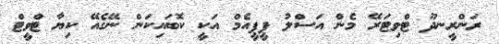
ރަންރީނދޫ ޓްވިޓަރޭ މެން އަސްލު ޕީޕީއެމް އަކީ ކޮބައިކަން ނޭގެއޭ ކިޔާ ޓްވީޓް